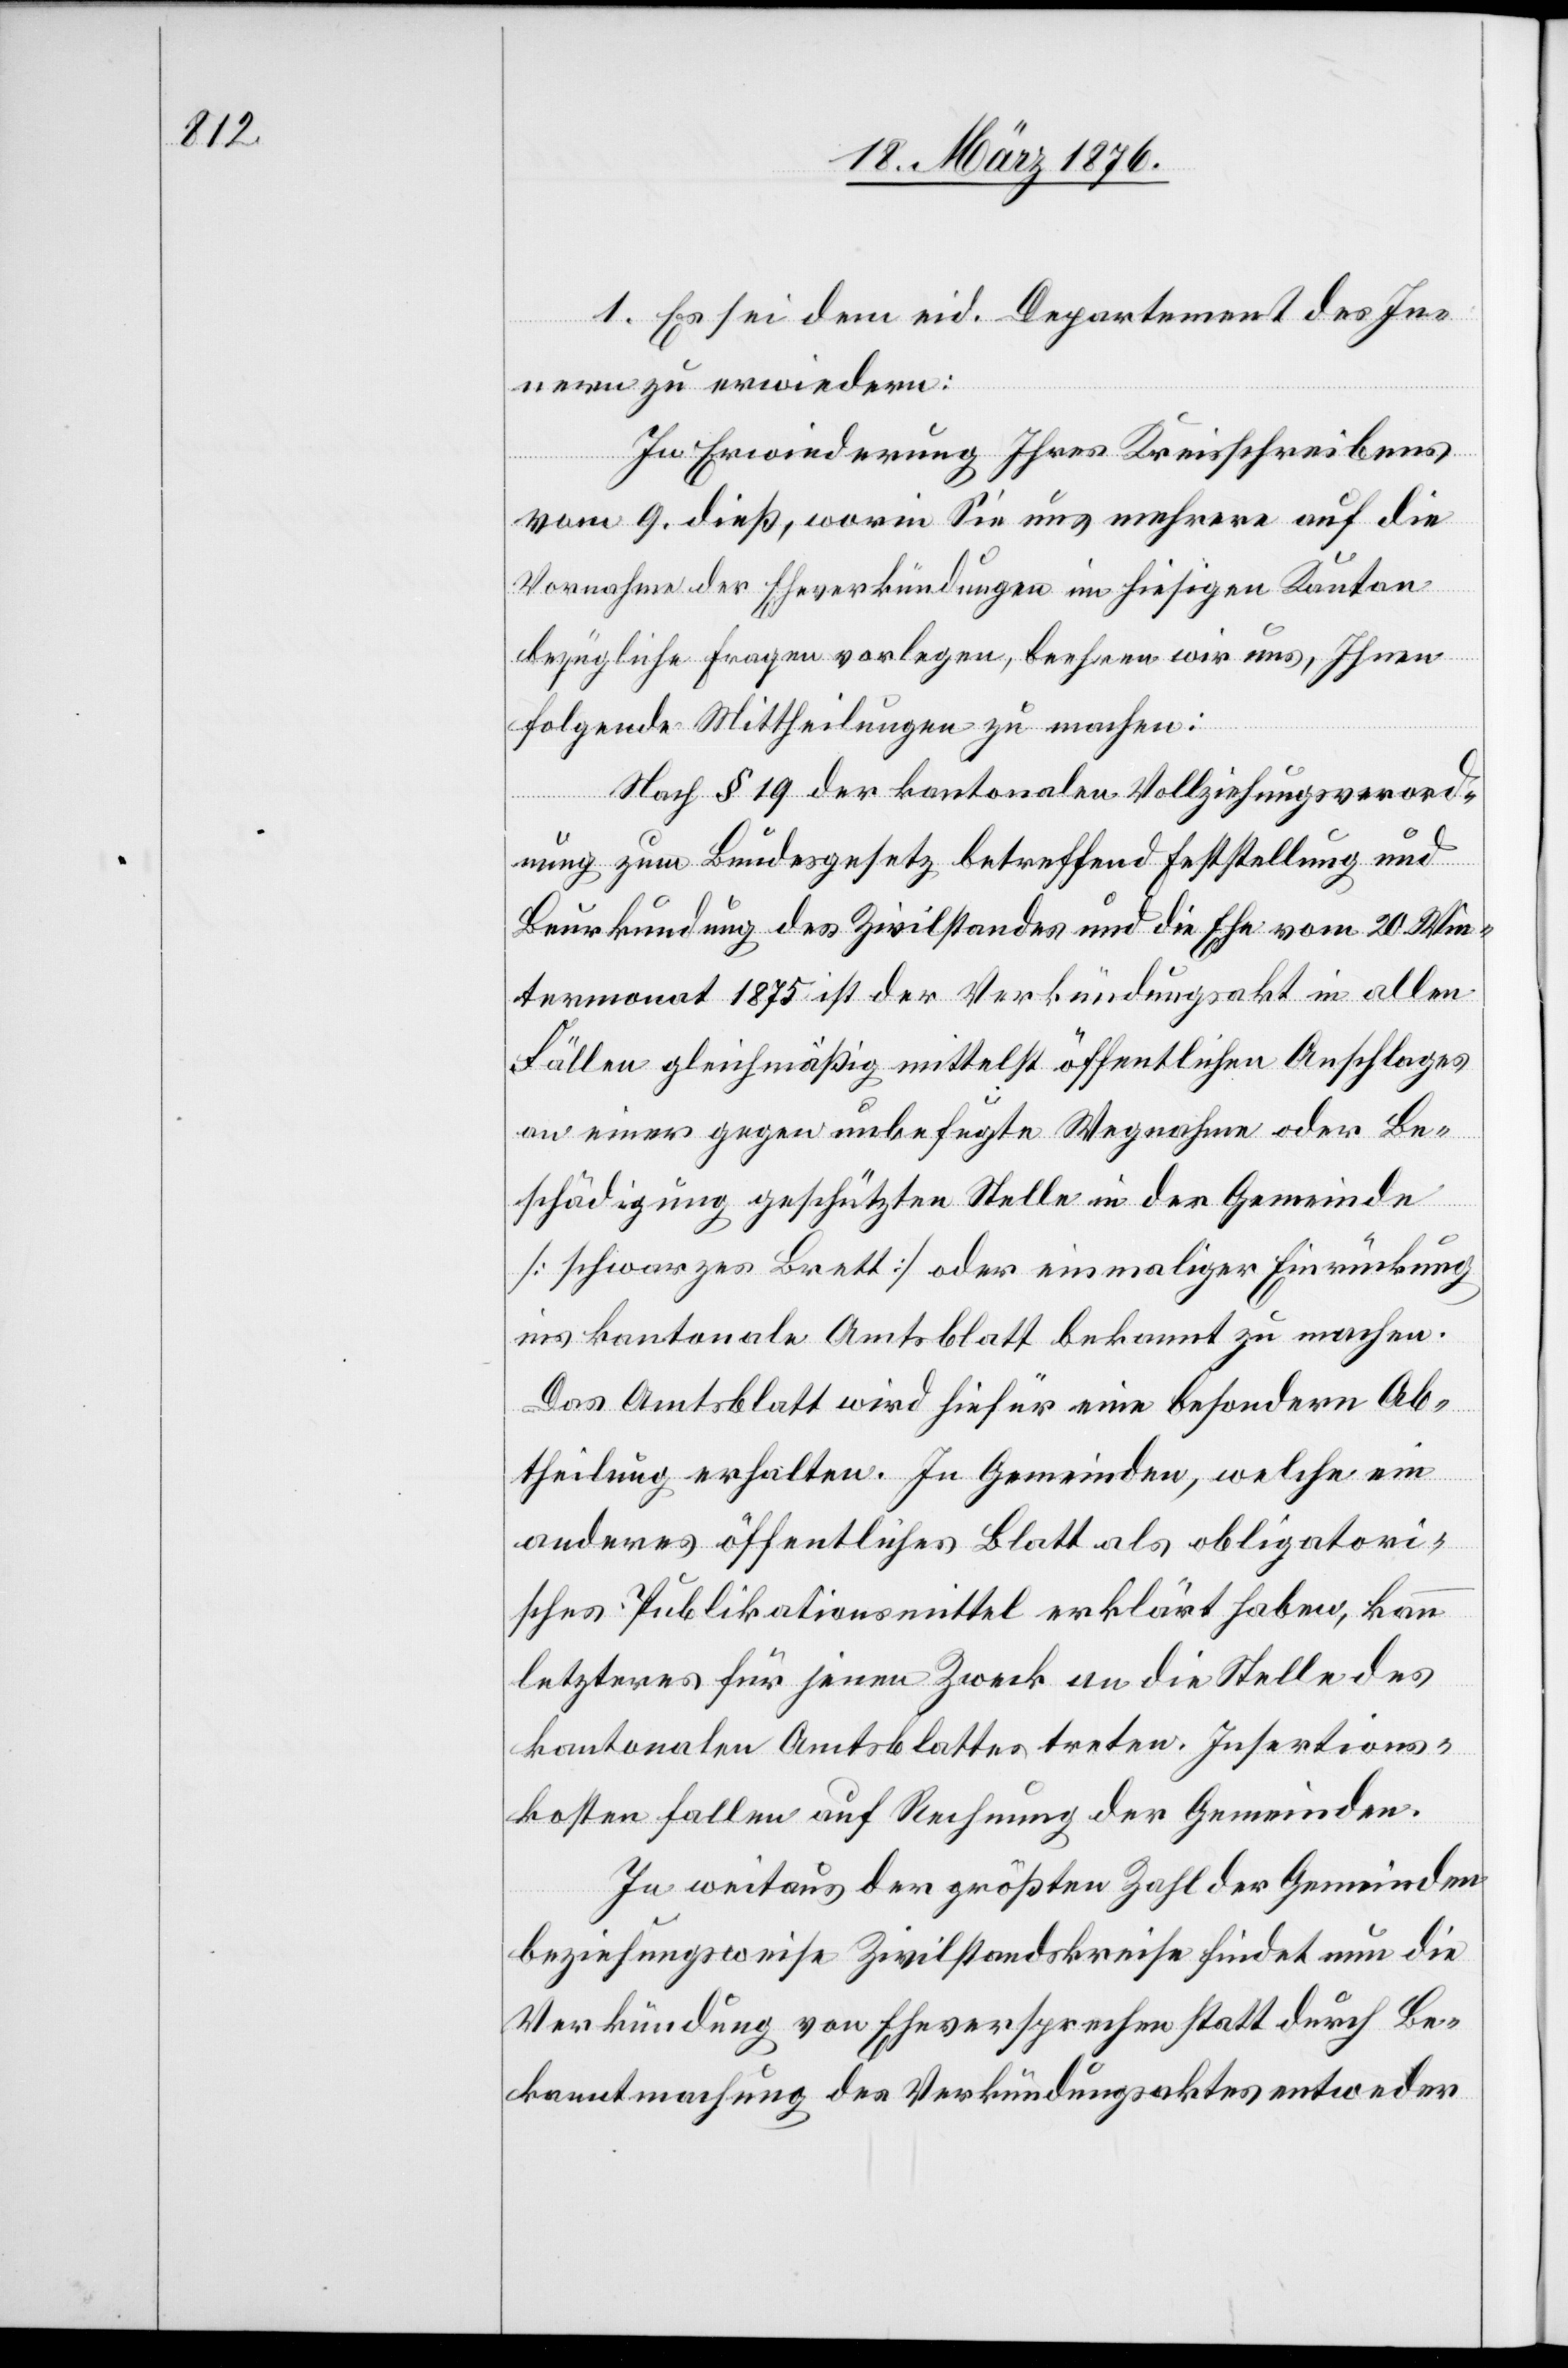
1. Es sei dem eid. Departement des In¬
nern zu erwiedern:
In Erwiederung Ihres Kreisschreibens
vom 9. dieß, worin Sie uns mehrere auf die
Vornahme der Eheverkündungen im hiesigen Kanton
bezügliche Fragen vorlegen, beehren wir uns, Ihnen
folgende Mittheilungen zu machen:
Nach § 19 der kantonalen Vollziehungsverord¬
nung zum Bundesgesetz betreffend Feststellung und
Beurkundung des Zivilstandes und die Ehe vom 20. Win¬
termonat 1875 ist der Verkündungsakt in allen
Fällen gleichmäßig mittelst öffentlichen Anschlages
an einer gegen unbefugte Wegnahme oder Be¬
schädigung geschützten Stelle in der Gemeinde
[schwarzes Brett] oder einmaliger Einrückung
ins kantonale Amtsblatt bekannt zu machen.
Das Amtsblatt wird hiefür eine besondere Ab¬
theilung erhalten. In Gemeinden, welche ein
anderes öffentliches Blatt als obligatori¬
sches Publikationsmittel erklärt haben, kann
letzteres für jenen Zweck an die Stelle des
kantonalen Amtsblattes treten. Insertions¬
kosten fallen auf Rechnung der Gemeinden.
In weitaus der größten Zahl der Gemeinden
beziehungsweise Zivilstandskreise findet neu die
Verkündung von Eheversprechen statt durch Be¬
kanntmachung des Verkündungsaktes entweder